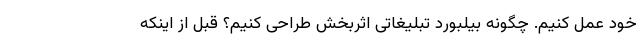
خود عمل کنیم. چگونه بیلبورد تبلیغاتی اثربخش طراحی کنیم؟ قبل از اینکه